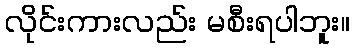
လိုင်းကားလည်း မစီးရပါဘူး။